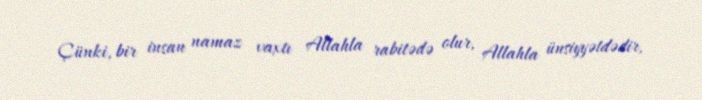
Çünki, bir insan namaz vaxtı Allahla rabitədə olur, Allahla ünsiyyətdədir,